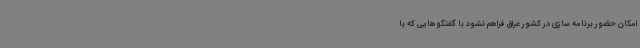
امکان حضور برنامه سازی در کشور عراق فراهم نشود با گفتگوهایی که با